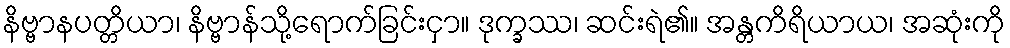
နိဗ္ဗာနပတ္တိယာ၊ နိဗ္ဗာန်သို့ရောက်ခြင်းငှာ။ ဒုက္ခဿ၊ ဆင်းရဲ၏။ အန္တကိရိယာယ၊ အဆုံးကို